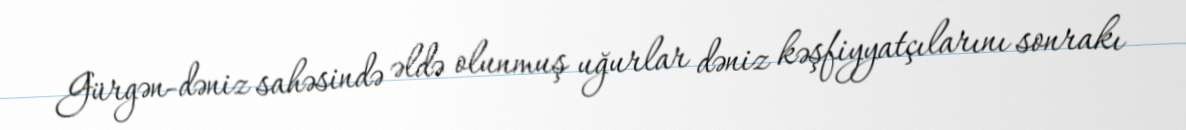
Gürgən-dəniz sahəsində əldə olunmuş uğurlar dəniz kəşfiyyatçılarını sonrakı